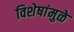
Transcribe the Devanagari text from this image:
विशेषांमुळे